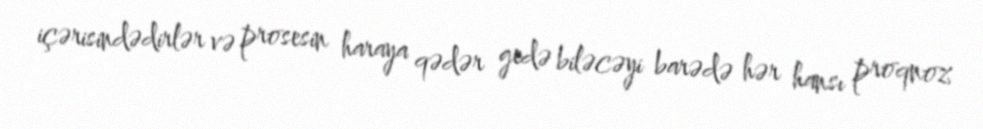
içərisindədirlər və prosesin haraya qədər gedə biləcəyi barədə hər hansı proqnoz